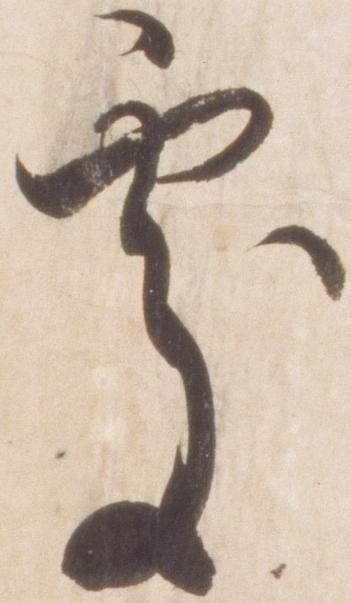
処